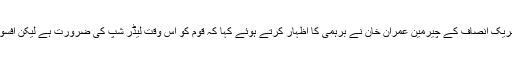
ایوان میں وزیراعظم کی مسلسل غیر حاضری پر تحریک انصاف کے چیرمین عمران خان نے برہمی کا اظہار کرتے ہوئے کہا کہ قوم کو اس وقت لیڈر شپ کی ضرورت ہے لیکن افسوس کہ وزیراعظم ایوان سے مسلسل غیر حاضر ہیں۔